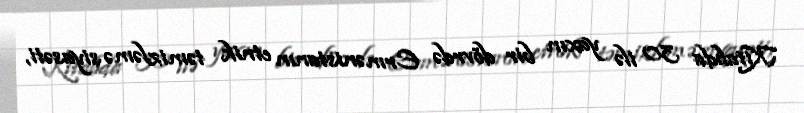
Kitabda 30 ilə yaxın bir dövrdə Ermənistanın etnik təmizləmə siyasəti,